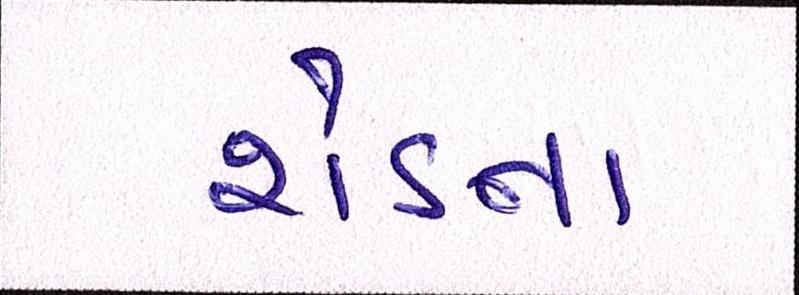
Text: શેડના